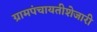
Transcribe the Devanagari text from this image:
ग्रामपंचायतीशेजारी